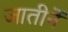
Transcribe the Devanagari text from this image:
जातीनें